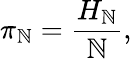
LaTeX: \pi_{\mathbb{N}}={\frac{{H_{\mathbb{N}}}}{{\mathbb{N}}}},